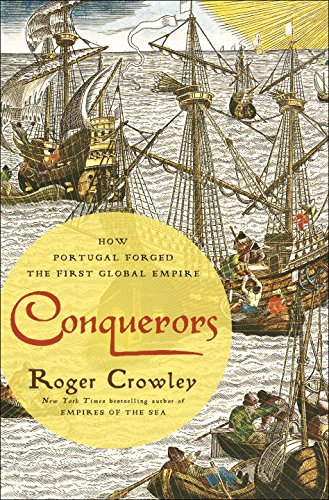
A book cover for Conquerors: How Portugal Forged the First Global Empire; Roger Crowley; History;